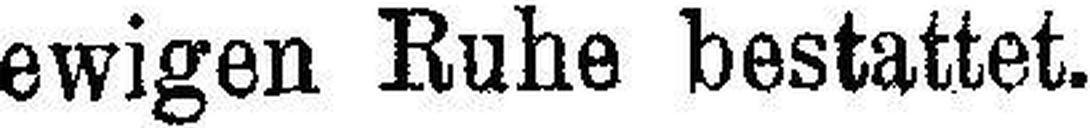
ewigen Ruhe bestattet.